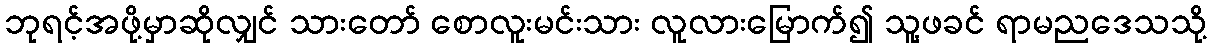
ဘုရင့်အဖို့မှာဆိုလျှင် သားတော် စောလူးမင်းသား လူလားမြောက်၍ သူ့ဖခင် ရာမညဒေသသို့